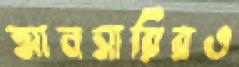
আনসারিরও